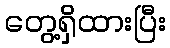
တွေ့ရှိထားပြီး